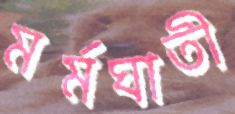
মর্মঘাতী